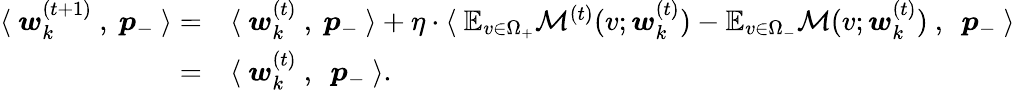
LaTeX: \begin{array}{rl}{\langle~{\boldsymbol w}_{k}^{(t+1)}~,~{\boldsymbol p}_{-}~\rangle=}&{\langle~{\boldsymbol w}_{k}^{(t)}~,~{\boldsymbol p}_{-}~\rangle+\eta\cdot\langle~\mathbb{E}_{v\in\Omega_{+}}\mathcal{M}^{(t)}(v;{\boldsymbol w}_{k}^{(t)})-\mathbb{E}_{v\in\Omega_{-}}\mathcal{M}(v;{\boldsymbol w}_{k}^{(t)})~,~~{\boldsymbol p}_{-}~\rangle}\\ {=}&{\langle~{\boldsymbol w}_{k}^{(t)}~,~~{\boldsymbol p}_{-}~\rangle.}\end{array}